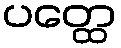
ပတ္ထေ